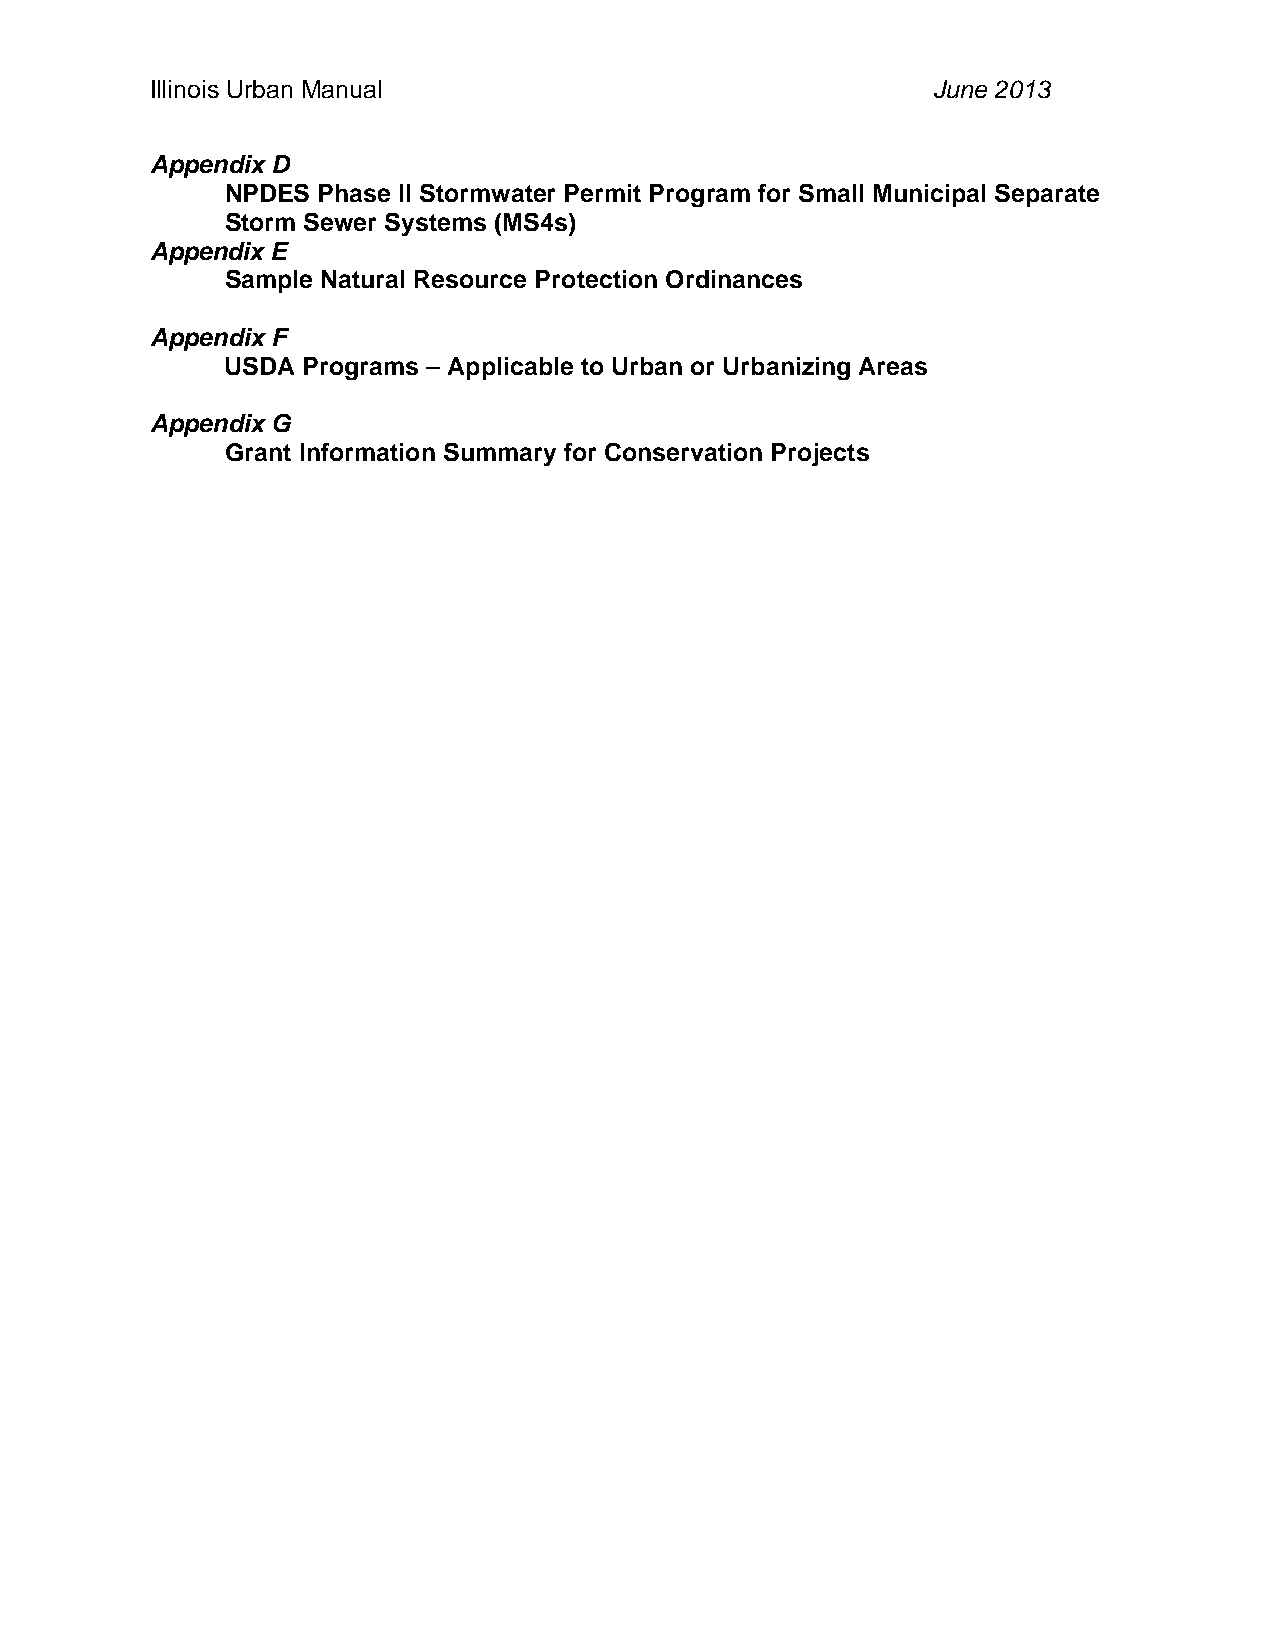
Illinois Urban Manual                               June 2013
 Appendix D
 NPDES Phase II Stormwater Permit Program for Small Municipal Separate
 Storm Sewer Systems (MS4s)
 Appendix E
 Sample Natural Resource Protection Ordinances
 Appendix F
 USDA Programs – Applicable to Urban or Urbanizing Areas
 Appendix G
 Grant Information Summary for Conservation Projects